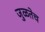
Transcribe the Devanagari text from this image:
जुळतेच